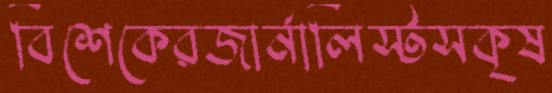
বিশেকেরজার্নালিস্টসকৃষ